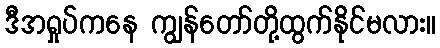
ဒီအရှုပ်ကနေ ကျွန်တော်တို့ထွက်နိုင်မလား။